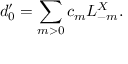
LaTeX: d _ { 0 } ^ { \prime } = \sum _ { m > 0 } c _ { m } L _ { - m } ^ { X } .